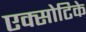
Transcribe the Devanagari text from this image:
एक्सोटिके